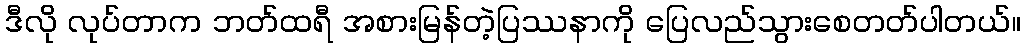
ဒီလို လုပ်တာက ဘတ်ထရီ အစားမြန်တဲ့ပြဿနာကို ပြေလည်သွားစေတတ်ပါတယ်။